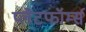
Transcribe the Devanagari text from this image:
प्लैटफॉर्म्स